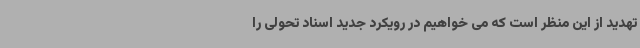
تهدید از این منظر است که می خواهیم در رویکرد جدید اسناد تحولی را